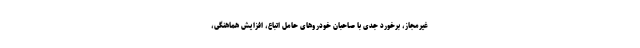
غیرمجاز، برخورد جدی با صاحبان خودروهای حامل اتباع، افزایش هماهنگی،